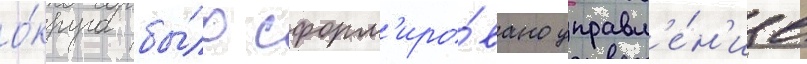
о́круга бы́ло сформ'иро́вано управл'е́н'ие